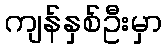
ကျန်နှစ်ဦးမှာ